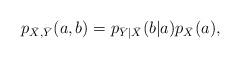
LaTeX: \begin{align*}p_{\bar{X},\bar{Y}}(a,b) = p_{\bar{Y}|\bar{X}}(b|a)p_{\bar{X}}(a),\end{align*}